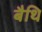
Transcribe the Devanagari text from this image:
बैथि